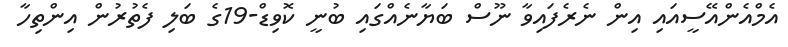
އެމްއެންއޭސީއައި އިން ނެރެފައިވާ ނޫސް ބަޔާނެއްގައި ބުނީ ކޮވިޑް-19ގެ ބަލި ފެތުރުން އިންތިހާ